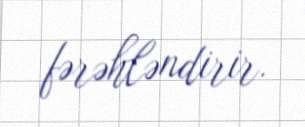
fərəhləndirir.